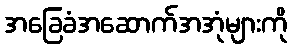
အခြေခံအဆောက်အအုံများကို